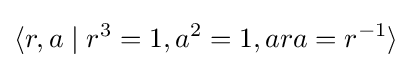
\langle r,a\mid r^{3}=1,a^{2}=1,ara=r^{-1}\rangle